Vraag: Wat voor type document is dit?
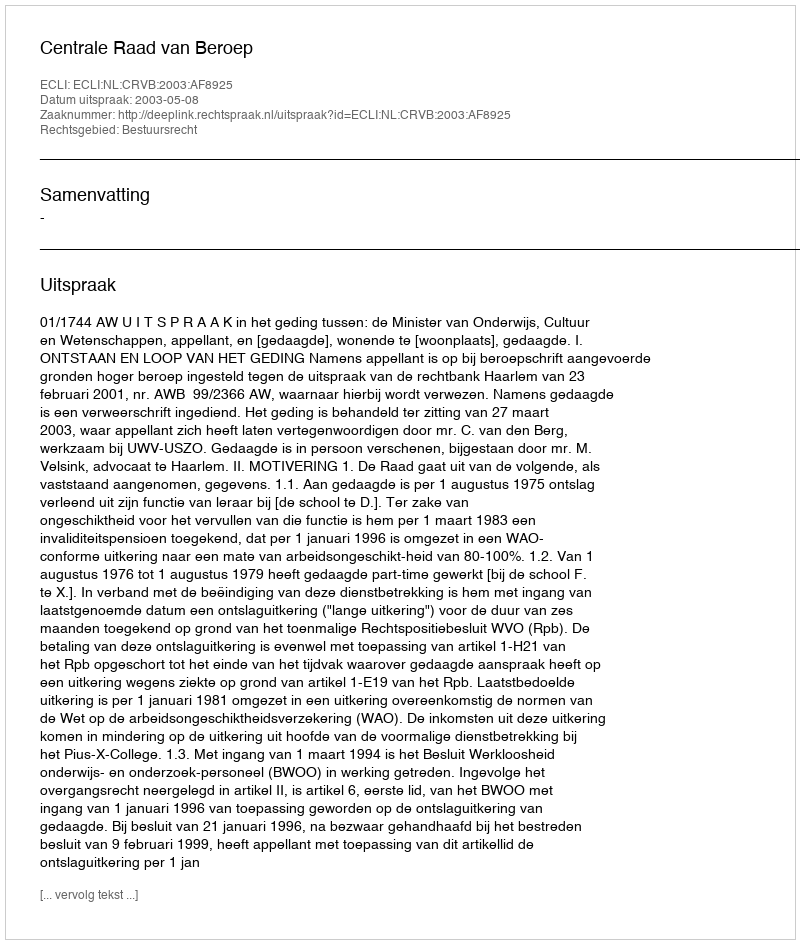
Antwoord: Uitspraak